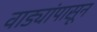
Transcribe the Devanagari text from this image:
वाड्यांपासून